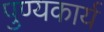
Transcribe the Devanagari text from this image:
पुण्यकार्य